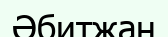
Әбитжан